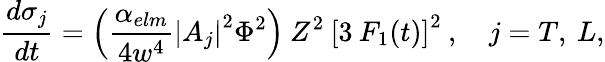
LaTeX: \frac{d\sigma_{j}}{dt}=\left(\frac{\alpha_{elm}}{4w^{4}}\left|A_{j}\right|^{2}\Phi^{2}\right)\: Z^{2}\: \left[3\: F_{1}(t)\right]^{2}\: ,\quad j=T,\: L,